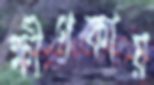
ক্ষীণকায়